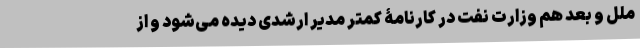
ملل و بعد هم وزارت نفت در کارنامۀ کمتر مدیر ارشدی دیده می‌شود و از